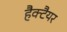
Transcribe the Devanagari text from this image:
हैक्टैयर